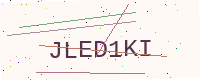
Text: JLED1KI